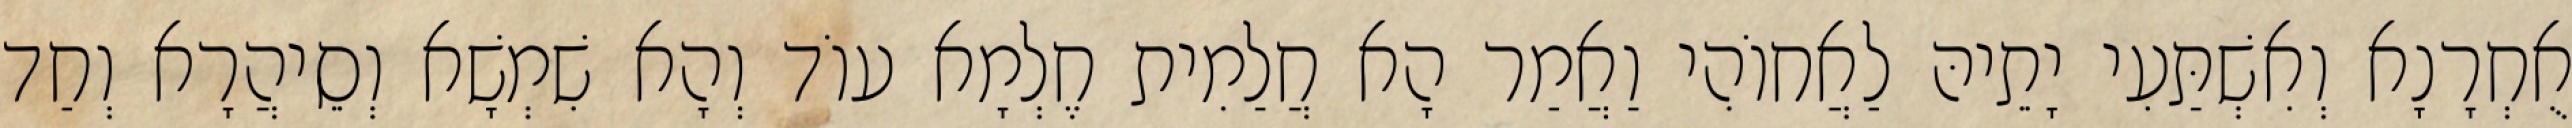
אֻחְרָנָא וְאִשְׁתַּעִי יָתֵיהּ לַאֲחוֹהִי וַאֲמַר הָא חֲלַמִית חֶלְמָא עוֹד וְהָא שִׁמְשָׁא וְסֵיהֲרָא וְחַד